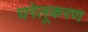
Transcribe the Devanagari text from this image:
घरेलूकरण